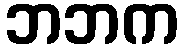
ဘဘက